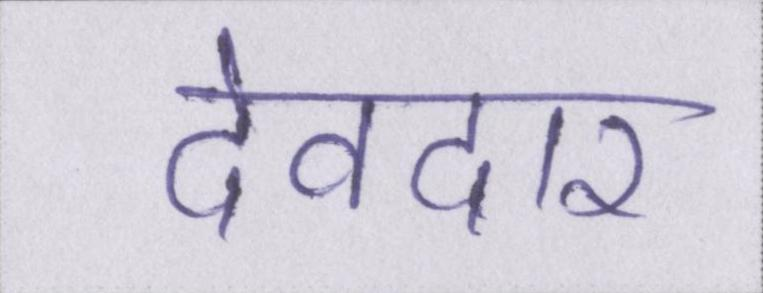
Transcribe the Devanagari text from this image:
देवदार